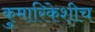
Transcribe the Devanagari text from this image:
कुमारिकेशीच